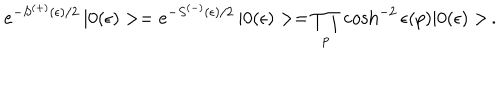
LaTeX: e ^ { - S ^ { ( + ) } ( \epsilon ) / 2 } \, | 0 ( \epsilon ) > = e ^ { - S ^ { ( - ) } ( \epsilon ) / 2 } \, | 0 ( \epsilon ) > = \prod _ { p } \, \cosh ^ { - 2 } \epsilon ( p ) | 0 ( \epsilon ) > \, .